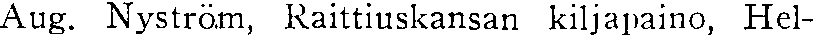
Aug. Nyström, Raittiuskansan kiljapaino, Hel-